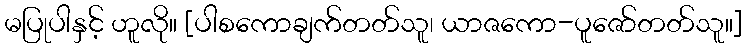
မပြုပါနှင့် ဟူလို။ [ပါစကောချက်တတ်သူ၊ ယာဇကော-ပူဇော်တတ်သူ။]